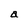
Character: a